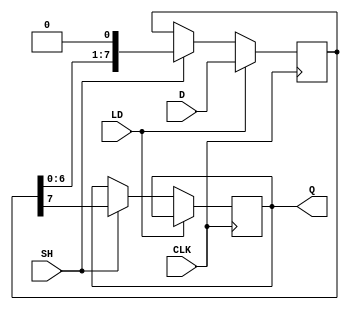
module PISO_Register (
    input wire [7:0] D,      // 8-bit parallel input data
    input wire LD,           // Load control signal
    input wire SH,           // Shift control signal
    input wire CLK,          // Clock signal
    output reg Q             // Serial output data
);

    reg [7:0] shift_reg;     // Internal shift register to hold the data

    always @(posedge CLK) begin
        if (LD) begin
            // Load data into the shift register
            shift_reg <= D;
        end else if (SH) begin
            // Shift data out serially
            Q <= shift_reg[7]; // Output the MSB
            shift_reg <= {shift_reg[6:0], 1'b0}; // Shift left
        end
        // If neither LD nor SH is asserted, hold the current state
    end

endmodule